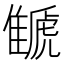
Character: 𩀗